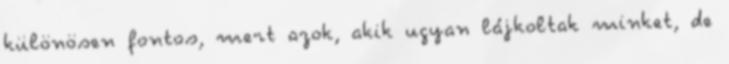
különösen fontos, mert azok, akik ugyan lájkoltak minket, de